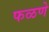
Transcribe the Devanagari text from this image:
फळणे